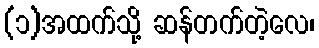
(၁)အထက်သို့ ဆန်တက်တဲ့လေ၊